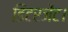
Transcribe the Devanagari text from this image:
डिटरजेंट।